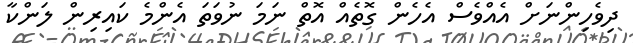
ދިވެހިންނަށް އެއްވެސް އެހެން ގޮތެއް އޮތް ނަމަ ނުވަތަ އެންމެ ކައިރިން ލަންކާ